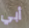
أبي